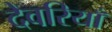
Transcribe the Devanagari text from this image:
देवरियाँ